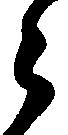
ら